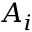
A _ { i }